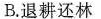
B.退耕还林